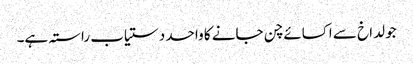
جو لداخ سے اکسائے چن جانے کا واحد دستیاب راستہ ہے۔